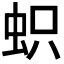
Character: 𧊄